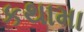
કથામા